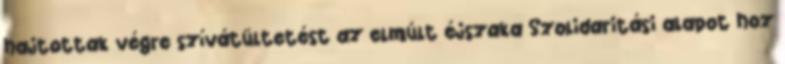
hajtottak végre szívátültetést az elmúlt éjszaka Szolidaritási alapot hoz